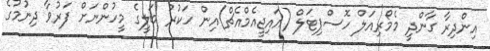
އިންދިރާ ގާންދީ މެމޯރިއަލް ހޮސްޕިޓަލް (އައިޖީއެމްއެޗް)އިން ހަކުރު ބަލީގެ މީހުންނަށް ފަރުވާ ދިނުމުގެ